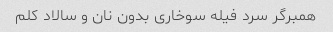
همبرگر سرد فیله سوخاری بدون نان و سالاد کلم